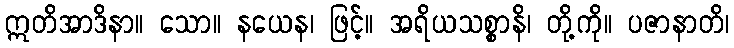
ဣတိအာဒိနာ။ သော။ နယေန၊ ဖြင့်။ အရိယသစ္စာနိ၊ တို့ကို။ ပဇာနာတိ၊